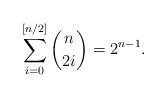
\begin{align*}\sum_{i=0}^{[n/2]} \binom{n}{2i}=2^{n-1}.\end{align*}